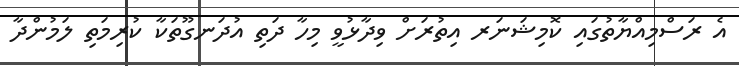
އެ ރަސްމިއްޔާތުގައި ކޮމިޝަނަރ އިތުރަށް ވިދާޅުވީ މިހާ ދަތި އުދަނގޫތަކާ ކުރިމަތި ލަމުންދާ